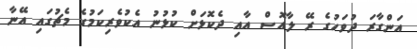
އަންގާރަ ދުވަހުގެ ރޭ ލާއޮސް އާއި ދެކޮޅަށް ކުޅުނު އެކުވެރިކަމުގެ މެޗުގައި އޭނާ